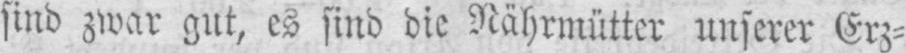
sind zwar gut, es sind die Nährmütter unserer Erz⸗